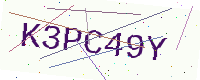
Text: K3PC49Y